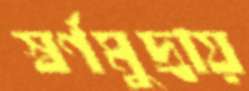
স্বর্ণমুদ্রায়